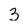
Character: 3